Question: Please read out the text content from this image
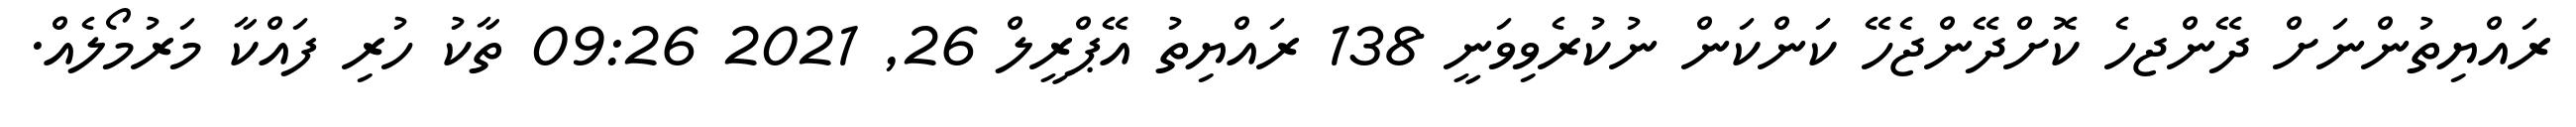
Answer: ރައްޔިތުންނަށް ދޭންޖހެ ކޮށްދޭންޖެހޭ ކަންކަން ނުކުރެވިވަނީ 138 ރައްޔިތު އޭޕްރީލް 26, 2021 09:26 ތާކު ހުރި ފައްކާ މަރުމޯލެއް.